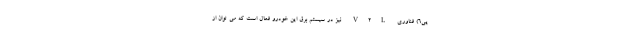
یی6) فناوری V2L نیز در سیستم برق این خودرو فعال است که می توان از